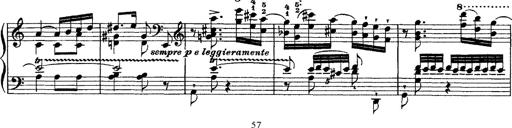
Title: Ã‰tudes d'exÃ©cution transcendante d'aprÃ¨s Paganini
Composer: Franz Liszt